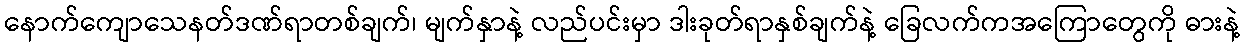
နောက်ကျောသေနတ်ဒဏ်ရာတစ်ချက်၊ မျက်နှာနဲ့ လည်ပင်းမှာ ဒါးခုတ်ရာနှစ်ချက်နဲ့ ခြေလက်ကအကြောတွေကို ဓားနဲ့